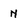
Character: N